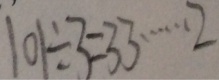
1 0 1 \div 3 = 3 3 \cdots 2